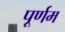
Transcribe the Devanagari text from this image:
पूर्णम